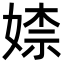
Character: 𡞫